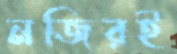
নজিরই